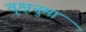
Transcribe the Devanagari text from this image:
वृक्षनुमा